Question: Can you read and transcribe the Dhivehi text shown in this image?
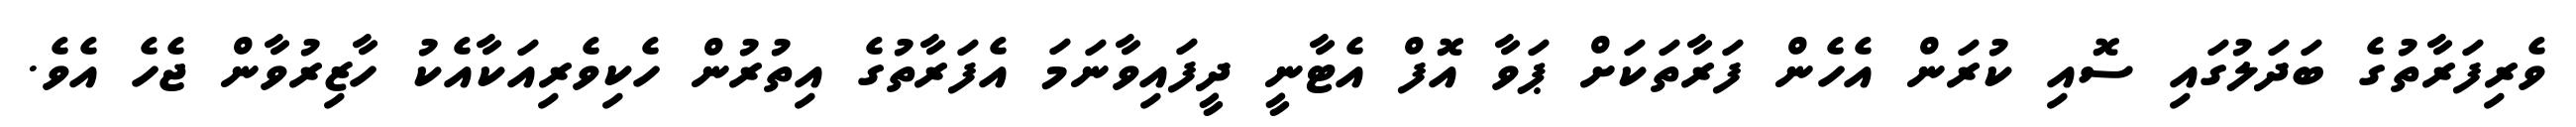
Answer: ވެރިފަރާތުގެ ބަދަލުގައި ސޮއި ކުރަން އެހެން ފަރާތަކަށް ޕަވާ އޮފް އެޓާނީ ދީފައިވާނަމަ އެފަރާތުގެ އިތުރުން ހެކިވެރިއަކާއެކު ހާޒިރުވާން ޖެހެ އެވެ.